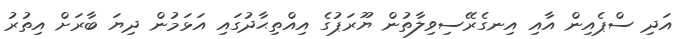
އަދި ސްޕެއިން އާއި އިނގެރޭސިވިލާތުން ޔޫރަޕުގެ އިއްތިޙާދުގައި އަޅަމުން ދިޔަ ބާރަށް އިތުރު